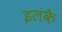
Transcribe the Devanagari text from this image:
इलंकै